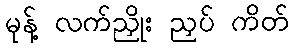
မုန့် လက်ညှိုး ညှပ် ကိတ်